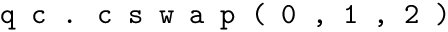
{ \texttt { q c . c s w a p ( 0 , 1 , 2 ) } }